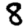
Digit: 8